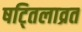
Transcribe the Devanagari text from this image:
षट्तिलाव्रत